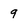
Character: g